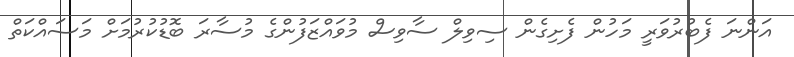
އަންނަ ފެބުރުވަރީ މަހުން ފެށިގެން ސިވިލް ސާވިސް މުވައްޒަފުންގެ މުސާރަ ބޮޑުކުރުމަށް މަސައްކަތް